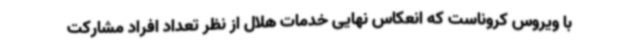
با ویروس کروناست که انعکاس نهایی خدمات هلال از نظر تعداد افراد مشارکت